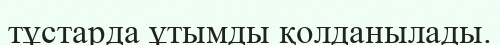
тұстарда ұтымды қолданылады.